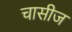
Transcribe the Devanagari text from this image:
चासीज